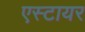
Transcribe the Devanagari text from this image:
एस्टायर